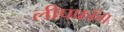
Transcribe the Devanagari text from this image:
लीपफ्रॉग